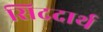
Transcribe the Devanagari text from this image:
सिददार्थ